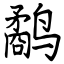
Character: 鹬